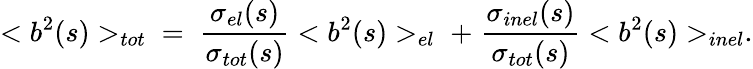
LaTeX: <b^{2}(s)>_{tot}\; \; =\; {\frac{\sigma_{el}(s)}{\sigma_{tot}(s)}}<b^{2}(s)>_{el}\; +\; {\frac{\sigma_{inel}(s)}{\sigma_{tot}(s)}}<b^{2}(s)>_{inel}.